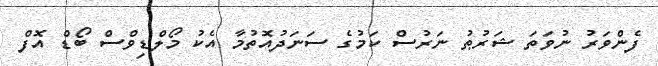
ފެންވަރު ނުވަތަ ޝަރުޠު ނަރުސް ކަމުގެ ސަނަދުއޮތުމާ އެކު މޯލްޑިވްސް ބޯޑް އޮފް